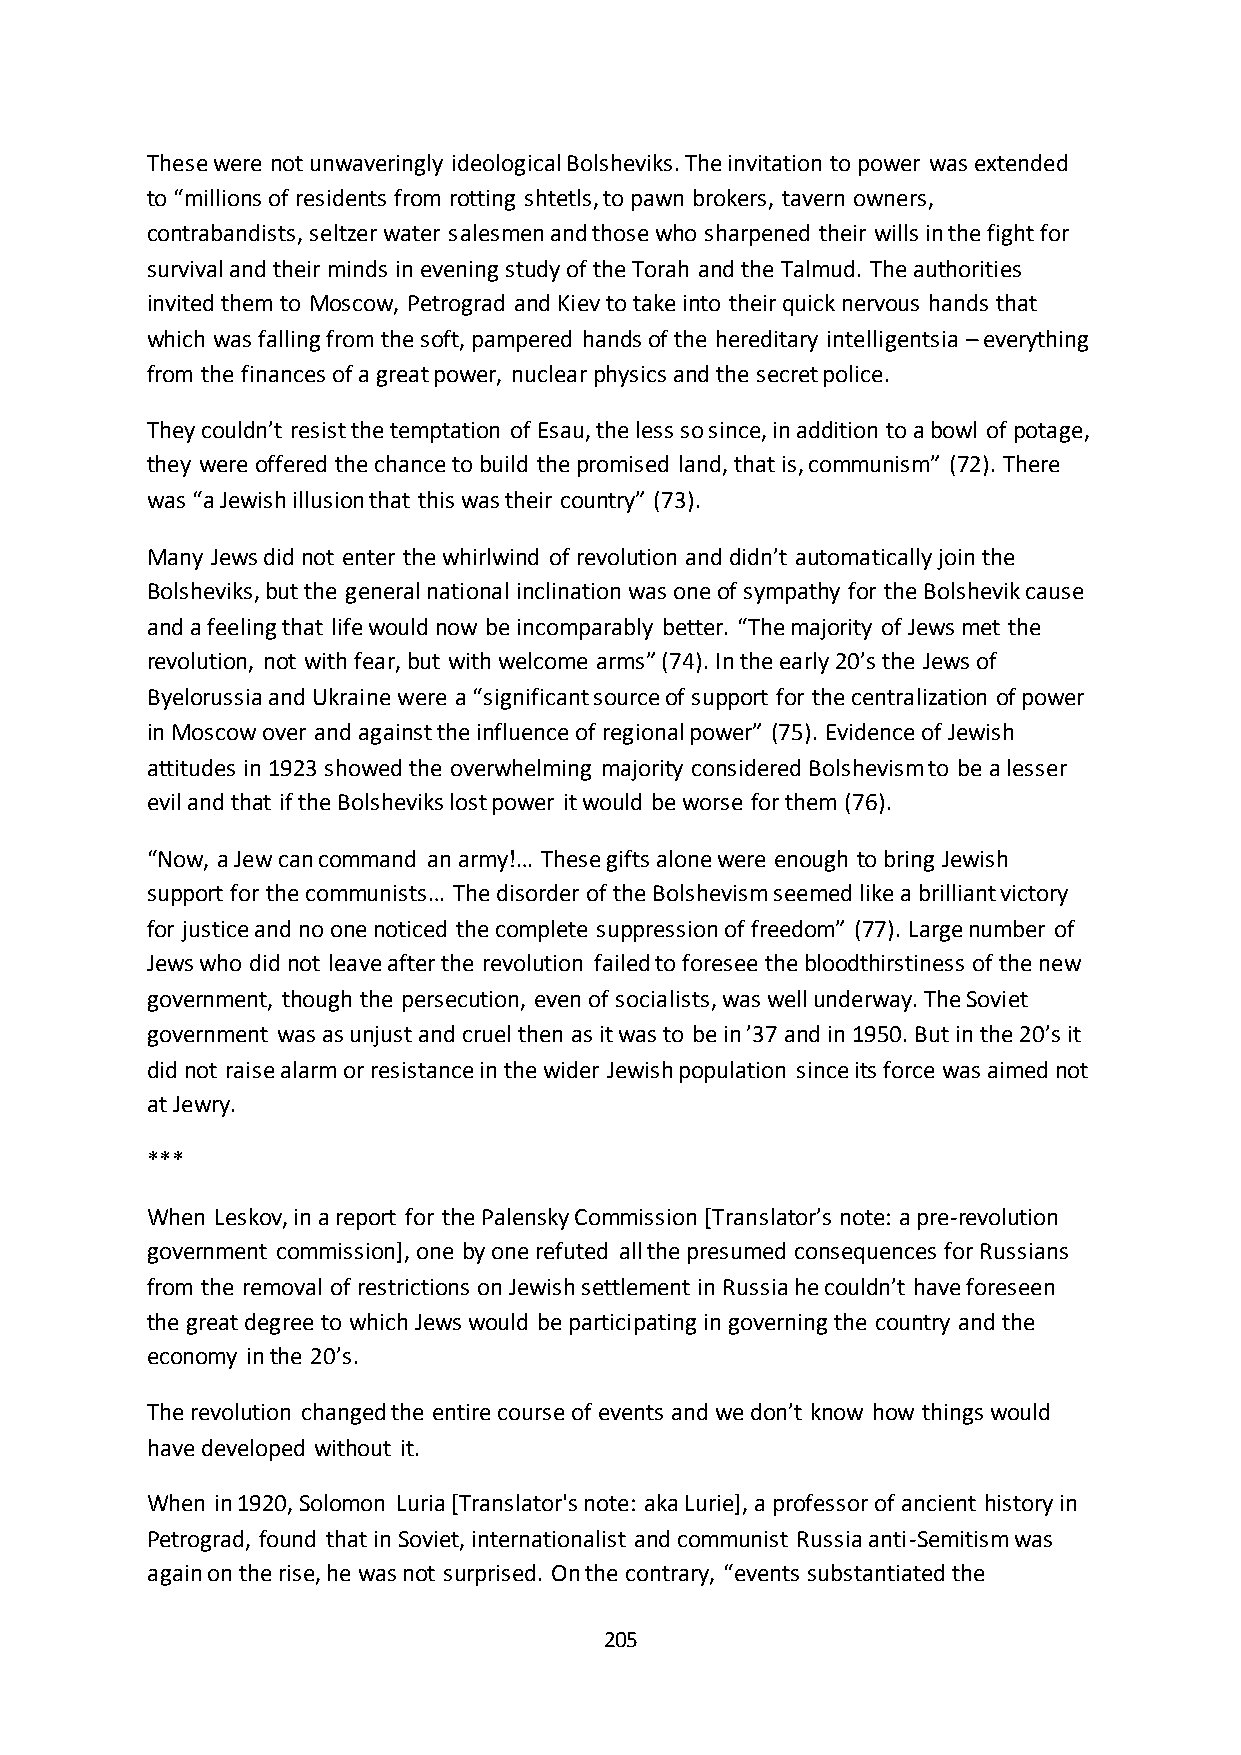
These were not unwaveringly ideological Bolsheviks. The invitation to power was extended
 to “millions of residents from rotting shtetls, to pawn brokers, tavern owners,
 contrabandists, seltzer water salesmen and those who sharpened their wills in the fight for
 survival and their minds in evening study of the Torah and the Talmud. The authorities
 invited them to Moscow, Petrograd and Kiev to take into their quick nervous hands that
 which was falling from the soft, pampered hands of the hereditary intelligentsia – everything
 from the finances of a great power, nuclear physics and the secret police.
 They couldn’t resist the temptation of Esau, the less so since, in addition to a bowl of potage,
 they were offered the chance to build the promised land, that is, communism” (72). There
 was “a Jewish illusion that this was their country” (73).
 Many Jews did not enter the whirlwind of revolution and didn’t automatically join the
 Bolsheviks, but the general national inclination was one of sympathy for the Bolshevik cause
 and a feeling that life would now be incomparably better. “The majority of Jews met the
 revolution, not with fear, but with welcome arms” (74). In the early 20’s the Jews of
 Byelorussia and Ukraine were a “significant source of support for the centralization of power
 in Moscow over and against the influence of regional power” (75). Evidence of Jewish
 attitudes in 1923 showed the overwhelming majority considered Bolshevism to be a lesser
 evil and that if the Bolsheviks lost power it would be worse for them (76).
 “Now, a Jew can command an army!… These gifts alone were enough to bring Jewish
 support for the communists… The disorder of the Bolshevism seemed like a brilliant victory
 for justice and no one noticed the complete suppression of freedom” (77). Large number of
 Jews who did not leave after the revolution failed to foresee the bloodthirstiness of the new
 government, though the persecution, even of socialists, was well underway. The Soviet
 government was as unjust and cruel then as it was to be in ’37 and in 1950. But in the 20’s it
 did not raise alarm or resistance in the wider Jewish population since its force was aimed not
 at Jewry.
 ***
 When Leskov, in a report for the Palensky Commission [Translator’s note: a pre-revolution
 government commission], one by one refuted all the presumed consequences for Russians
 from the removal of restrictions on Jewish settlement in Russia he couldn’t have foreseen
 the great degree to which Jews would be participating in governing the country and the
 economy in the 20’s.
 The revolution changed the entire course of events and we don’t know how things would
 have developed without it.
 When in 1920, Solomon Luria [Translator's note: aka Lurie], a professor of ancient history in
 Petrograd, found that in Soviet, internationalist and communist Russia anti-Semitism was
 again on the rise, he was not surprised. On the contrary, “events substantiated the
 205